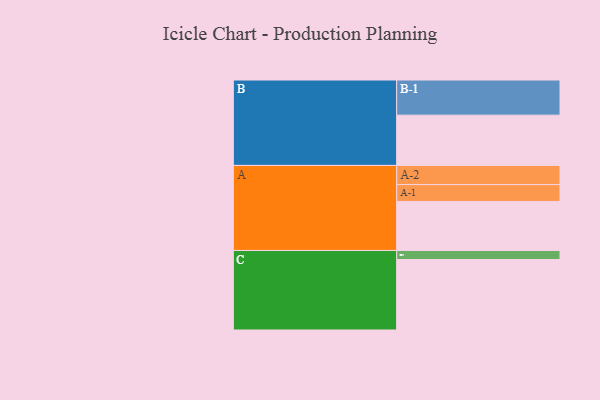
{"axis": {"x": "Segment", "y": "Value"}, "legend": ["", "A", "B", "C"], "data": [{"x": "A", "y": 358, "type": ""}, {"x": "B", "y": 367, "type": ""}, {"x": "C", "y": 515, "type": ""}, {"x": "A-1", "y": 123, "type": "A"}, {"x": "A-2", "y": 140, "type": "A"}, {"x": "B-1", "y": 257, "type": "B"}, {"x": "C-1", "y": 66, "type": "C"}]}